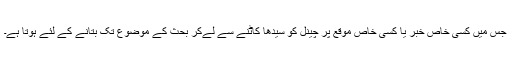
جس میں کسی خاص خبر یا کسی خاص موقع پر چینل کو سیدھا کاٹنے سے لےکر بحث کے موضوع تک بتانے کے لئے ہوتا ہے۔